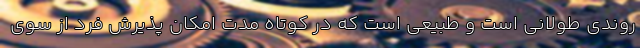
روندی طولانی است و طبیعی است که در کوتاه مدت امکان پذیرش فرد از سوی